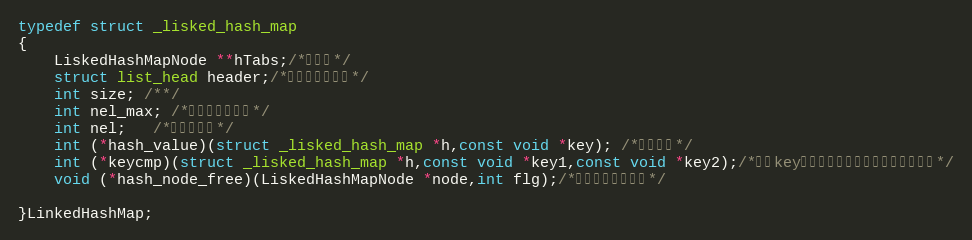
Language: C
typedef struct _lisked_hash_map
{
	LiskedHashMapNode **hTabs;/*哈希桶*/
	struct list_head header;/*双向循环链表头*/
	int size; /**/
	int nel_max; /*支持最大节点数*/
	int nel;   /*当前节点数*/
    int (*hash_value)(struct _lisked_hash_map *h,const void *key); /*哈希函数*/
    int (*keycmp)(struct _lisked_hash_map *h,const void *key1,const void *key2);/*哈希key比较函数，当哈希数值一致时使用*/
    void (*hash_node_free)(LiskedHashMapNode *node,int flg);/*用来释放节点内存*/

}LinkedHashMap;